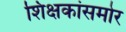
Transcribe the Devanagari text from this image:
शिक्षकांसमोर